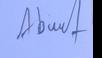
Signature authenticity: genuine